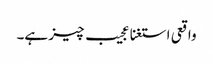
واقعی استغنا عجیب چیز ہے۔